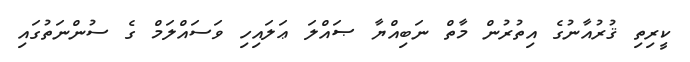
ކީރިތި ޤުރުއާނުގެ އިތުރުން މާތް ނަބިއްޔާ ޞައްލަ ޢަލައިހި ވަސައްލަމް ގެ ސުންނަތުގައި